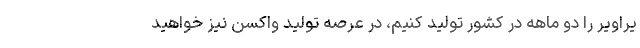
یراویر را دو ماهه در کشور تولید کنیم، در عرصه تولید واکسن نیز خواهید